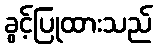
ခွင့်ပြုထားသည်